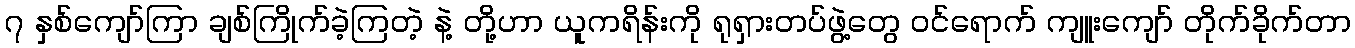
၇ နှစ်ကျော်ကြာ ချစ်ကြိုက်ခဲ့ကြတဲ့ နဲ့ တို့ဟာ ယူကရိန်းကို ရုရှားတပ်ဖွဲ့တွေ ဝင်ရောက် ကျူးကျော် တိုက်ခိုက်တာ